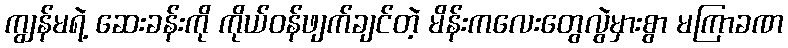
ကျွန်မရဲ့ ဆေးခန်းကို ကိုယ်ဝန်ဖျက်ချင်တဲ့ မိန်းကလေးတွေလွဲမှားစွာ မကြာခဏ